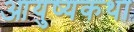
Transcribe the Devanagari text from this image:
आयुष्यकथा